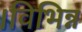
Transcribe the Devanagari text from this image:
।विभिन्न